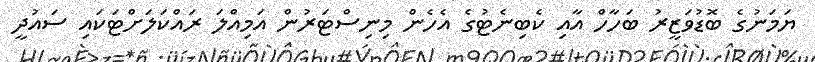
ޔަމަނުގެ ބޮޑުވަޒީރު ބަހާހް އާއި ކެބިނެޓުގެ އެހެން މިނިސްޓަރުން އަމިއްލަ ރައްކަލަށްޓަކައި ސައުދީ